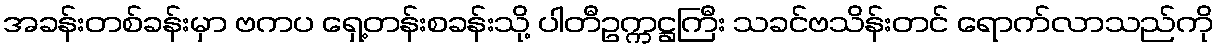
အခန်းတစ်ခန်းမှာ ဗကပ ရှေ့တန်းစခန်းသို့ ပါတီဥက္ကဋ္ဌကြီး သခင်ဗသိန်းတင် ရောက်လာသည်ကို